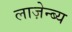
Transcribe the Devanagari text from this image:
लाज़ेन्ब्य